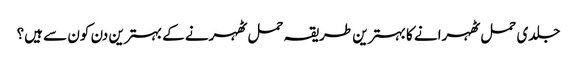
جلدی حمل ٹھہرانے کا بہترین طریقہ حمل ٹھہرنے کے بہترین دن کون سے ہیں؟